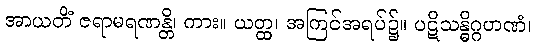
အာယတိံ ဇရာမရဏန္တိ၊ ကား။ ယတ္ထ၊ အကြင်အရပ်၌။ ပဋိသန္ဓိဂ္ဂဟဏံ၊